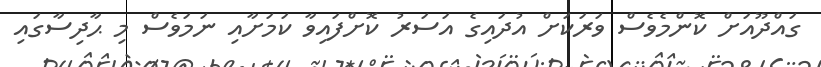
ގައްދޫއަށް ކޮންމެވެސް ވަރަކަށް އުދައިގެ އަސަރު ކޮށްފައިވާ ކަމަށާއި ނަމަވެސް މި ޙާދިސާގައި